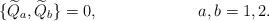
LaTeX: \begin{align*}\{ {\widetilde Q_a}, {\widetilde Q_b} \} = 0, \hspace{1in}a,b = 1,2.\end{align*}